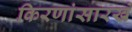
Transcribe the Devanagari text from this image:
किरणांसारखे